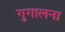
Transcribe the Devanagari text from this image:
गुगालना